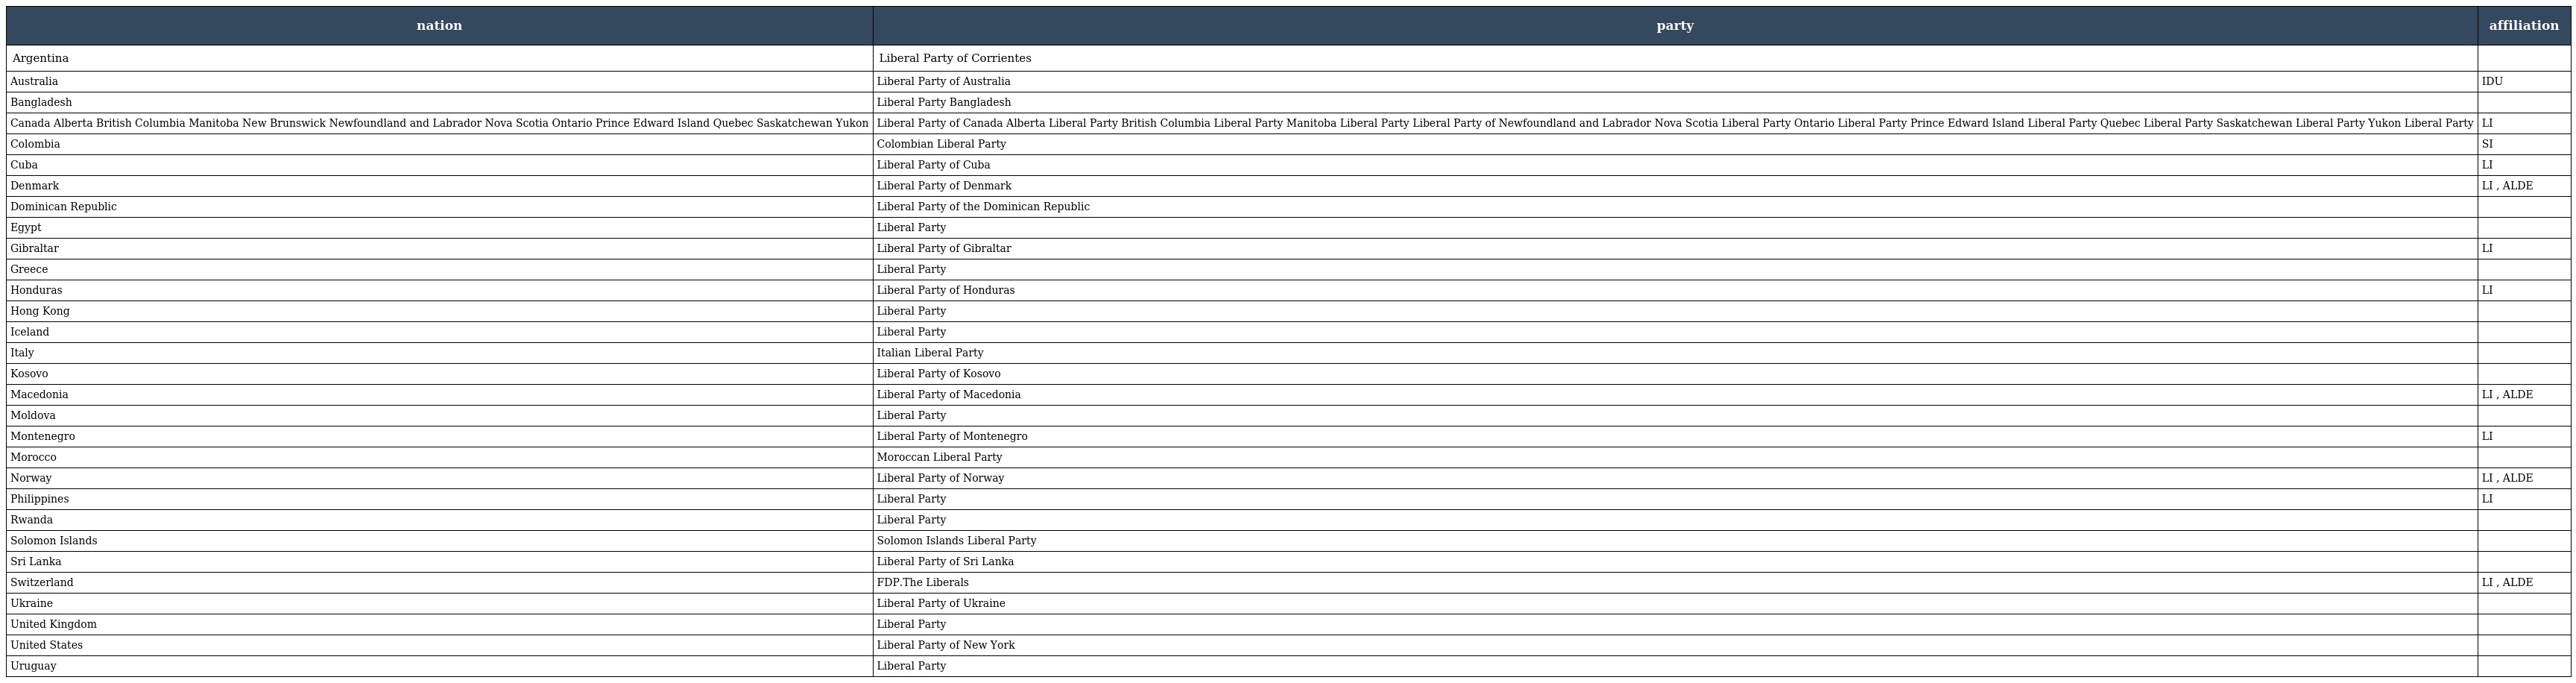
| nation | party | affiliation |
 | --- | --- | --- |
 | Argentina | Liberal Party of Corrientes |  |
 | Australia | Liberal Party of Australia | IDU |
 | Bangladesh | Liberal Party Bangladesh |  |
 | Canada Alberta British Columbia Manitoba New Brunswick Newfoundland and Labrador Nova Scotia Ontario Prince Edward Island Quebec Saskatchewan Yukon | Liberal Party of Canada Alberta Liberal Party British Columbia Liberal Party Manitoba Liberal Party Liberal Party of Newfoundland and Labrador Nova Scotia Liberal Party Ontario Liberal Party Prince Edward Island Liberal Party Quebec Liberal Party Saskatchewan Liberal Party Yukon Liberal Party | LI |
 | Colombia | Colombian Liberal Party | SI |
 | Cuba | Liberal Party of Cuba | LI |
 | Denmark | Liberal Party of Denmark | LI , ALDE |
 | Dominican Republic | Liberal Party of the Dominican Republic |  |
 | Egypt | Liberal Party |  |
 | Gibraltar | Liberal Party of Gibraltar | LI |
 | Greece | Liberal Party |  |
 | Honduras | Liberal Party of Honduras | LI |
 | Hong Kong | Liberal Party |  |
 | Iceland | Liberal Party |  |
 | Italy | Italian Liberal Party |  |
 | Kosovo | Liberal Party of Kosovo |  |
 | Macedonia | Liberal Party of Macedonia | LI , ALDE |
 | Moldova | Liberal Party |  |
 | Montenegro | Liberal Party of Montenegro | LI |
 | Morocco | Moroccan Liberal Party |  |
 | Norway | Liberal Party of Norway | LI , ALDE |
 | Philippines | Liberal Party | LI |
 | Rwanda | Liberal Party |  |
 | Solomon Islands | Solomon Islands Liberal Party |  |
 | Sri Lanka | Liberal Party of Sri Lanka |  |
 | Switzerland | FDP.The Liberals | LI , ALDE |
 | Ukraine | Liberal Party of Ukraine |  |
 | United Kingdom | Liberal Party |  |
 | United States | Liberal Party of New York |  |
 | Uruguay | Liberal Party |  |